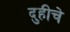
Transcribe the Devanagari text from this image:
दुहीचे